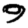
Digit: 9